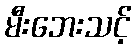
မီးဘေးသင့်